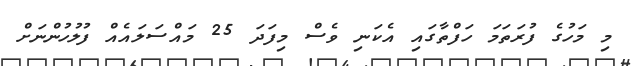
މި މަހުގެ ފުރަތަމަ ހަފްތާގައި އެކަނި ވެސް މިފަދަ 25 މައްސަލައެއް ފުލުހުންނަށް